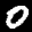
Label: 0